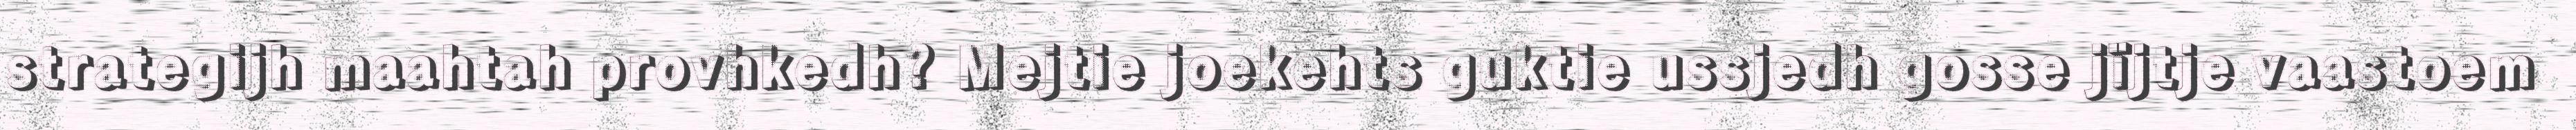
strategijh maahtah provhkedh? Mejtie joekehts guktie ussjedh gosse jïjtje vaastoem